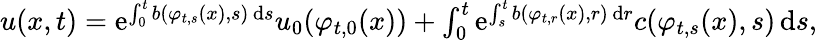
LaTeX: \begin{array}{r}{u(x,t)=\mathrm{e}^{\int_{0}^{t}b(\varphi_{t,s}(x),s)\, \mathrm{d}s}u_{0}(\varphi_{t,0}(x))+\int_{0}^{t}\mathrm{e}^{\int_{s}^{t}b(\varphi_{t,r}(x),r)\, \mathrm{d}r}c(\varphi_{t,s}(x),s)\, \mathrm{d}s,}\end{array}